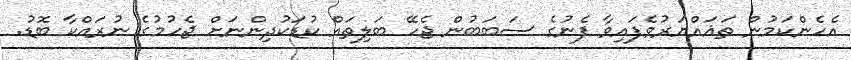
އެހެންކަމުން ތަޣައްޔަރުވެފައިވާ ފެނުގެ ސަބަބުން ޖެހޭ ބަލިތައް ކުޑަކުދިންނަށް ޖެހުމުގެ ނުރައްކާ ބޮޑު.